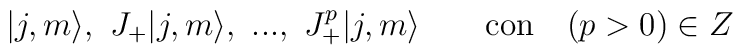
|j,m\rangle,\ J_+ |j,m\rangle,\ ...,\ J_+^p|j,m\rangle \ \ \ \ \ \mbox { con}\ \ \ (p>0) \in Z